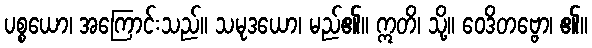
ပစ္စယော၊ အကြောင်းသည်။ သမုဒယော၊ မည်၏။ ဣတိ၊ သို့။ ဝေဒိတဗ္ဗော၊ ၏။